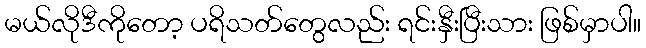
မယ်လိုဒီကိုတော့ ပရိသတ်တွေလည်း ရင်းနှီးပြီးသား ဖြစ်မှာပါ။